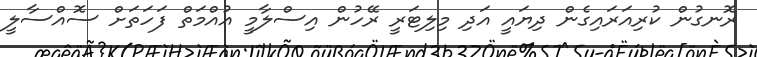
ރޮނގުން ކުރިއަރައިގެން ދިޔައީ އަދި މިލިޓަރީ ރޭހުން އިސްލާމީ އުއްމަތް ފަހަތަށް ސޮއްސާލީ